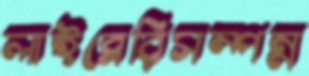
লাইব্রেরিসম্পন্ন